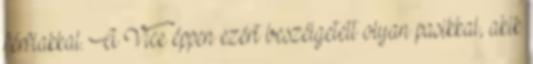
férfiakkal. A Vice éppen ezért beszélgetett olyan pasikkal, akik